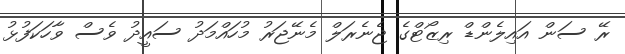
ރޭ ސަން އައިލެންޑް ރިޒޯޓްގެ ޖެނެރަލް މެނޭޖަރު މުހައްމަދު ސައީދު ވެސް ވާހަކަފުޅު